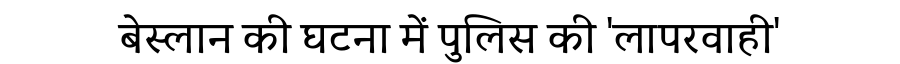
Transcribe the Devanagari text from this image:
बेस्लान की घटना में पुलिस की 'लापरवाही'